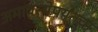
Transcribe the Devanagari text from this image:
अमावस्येपर्यंतचा